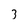
Character: 3